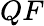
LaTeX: QF